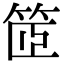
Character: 䇫